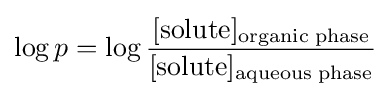
\log p=\log {\frac {[\mathrm {solute} ]_{\mathrm {organic\;phase} }}{[\mathrm {solute} ]_{\mathrm {aqueous\;phase} }}}